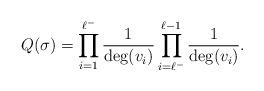
LaTeX: \begin{align*} Q(\sigma) = \prod_{i=1}^{\ell^-} \frac{1}{\deg(v_i)} \prod_{i=\ell^-}^{\ell-1} \frac{1}{\deg(v_i)}. \end{align*}